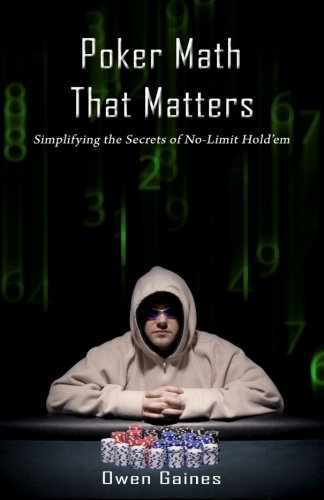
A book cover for Poker Math That Matters: Simplifying the Secrets of No-Limit Hold'em; Owen Gaines; Humor & Entertainment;